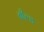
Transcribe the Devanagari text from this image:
बील्ड